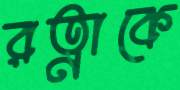
রত্নাকে